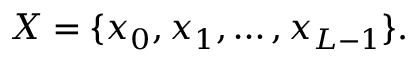
X = \{ x _ { 0 } , x _ { 1 } , \ldots , x _ { L - 1 } \} .